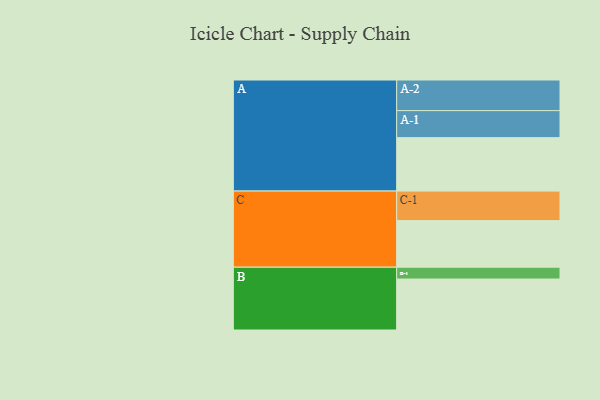
{"axis": {"x": "Segment", "y": "Value"}, "legend": ["", "A", "B", "C"], "data": [{"x": "A", "y": 511, "type": ""}, {"x": "B", "y": 488, "type": ""}, {"x": "C", "y": 446, "type": ""}, {"x": "A-1", "y": 259, "type": "A"}, {"x": "A-2", "y": 293, "type": "A"}, {"x": "B-1", "y": 113, "type": "B"}, {"x": "C-1", "y": 283, "type": "C"}]}